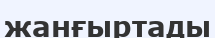
жанғыртады